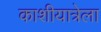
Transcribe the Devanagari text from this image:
काशीयात्रेला